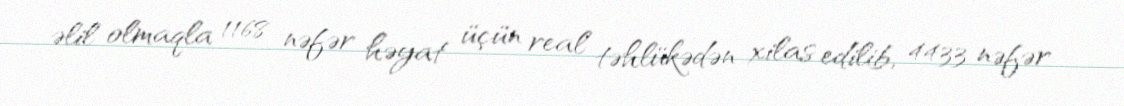
əlil olmaqla 1168 nəfər həyat üçün real təhlükədən xilas edilib, 4433 nəfər